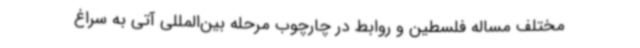
مختلف مساله فلسطین و روابط در چارچوب مرحله بین‌المللی آتی به سراغ